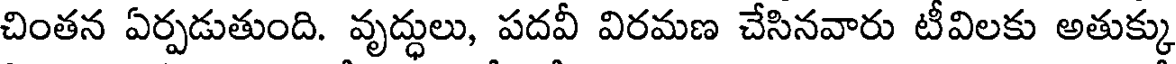
చింతన ఏర్పడుతుంది. వృద్ధులు, పదవీ విరమణ చేసినవారు టీవిలకు అతుక్కు